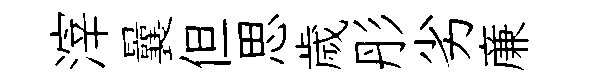
滓曩但思歲彤劣亷